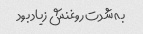
به شدت روغنش زیاد بود